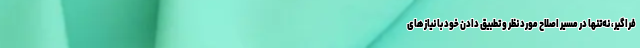
فراگير، نه‌تنها در مسير اصلاح مورد نظر و تطبیق دادن خود با نیازهای